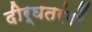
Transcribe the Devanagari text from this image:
दीर्घतरंगों